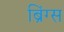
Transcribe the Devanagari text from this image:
ब्रिंग्स